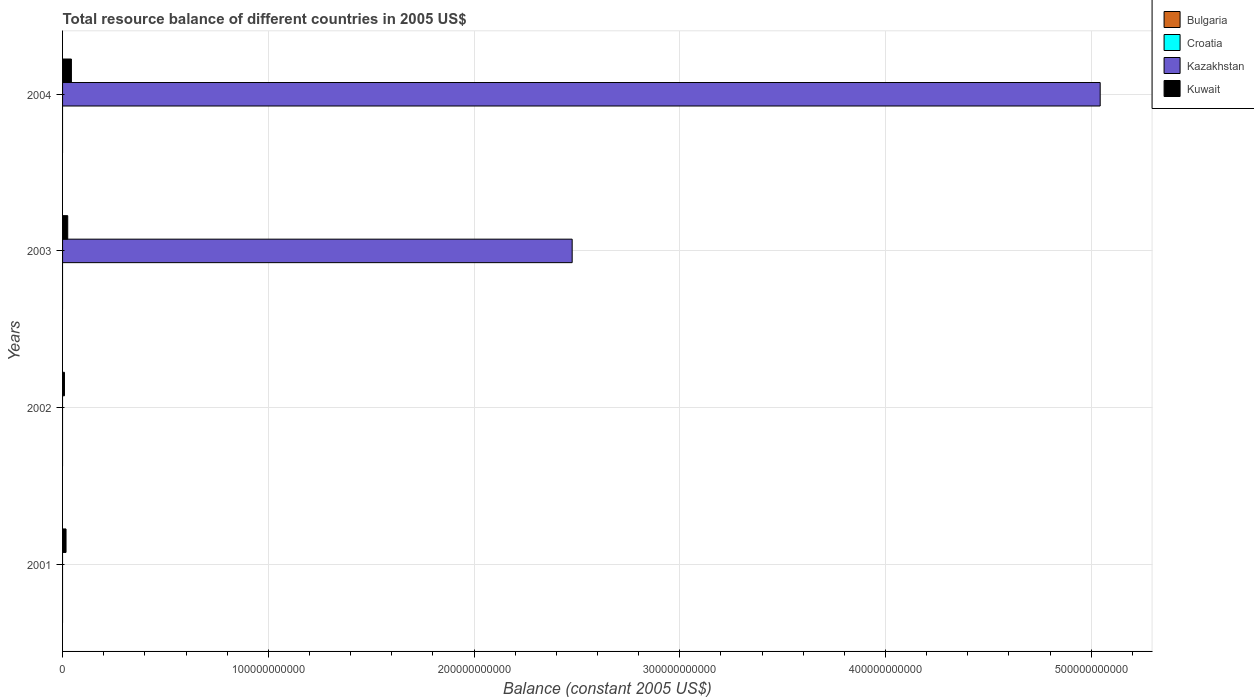
| Years | Bulgaria | Croatia | Kazakhstan | Kuwait |
 | --- | --- | --- | --- | --- |
 | 2001 | -2.89e+09 | -6.84e+09 | -3.44e+10 | 1.69e+09 |
 | 2002 | -2.72e+09 | -1.67e+10 | -1.9e+09 | 9.28e+08 |
 | 2003 | -3.73e+09 | -1.73e+10 | 2.48e+11 | 2.52e+09 |
 | 2004 | -4.59e+09 | -1.51e+10 | 5.04e+11 | 4.3e+09 |